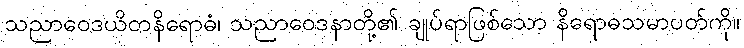
သညာဝေဒယိတနိရောဓံ၊ သညာဝေဒနာတို့၏ ချုပ်ရာဖြစ်သော နိရောဓသမာပတ်ကို။